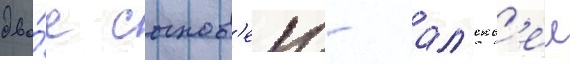
дво́е сынов'еи - ал'екс'еи